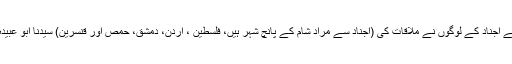
جب (مقامِ) سرغ پر پہنچے (جو کہ کنارہ حجاز پر شام سے متصل ایک بستی ہے ) تو ان سے اجناد کے لوگوں نے ملاقات کی (اجناد سے مراد شام کے پانچ شہر ہیں، فلسطین ، اردن، دمشق، حمص اور قنسرین) سیدنا ابو عبیدہ بن الجراح اور ان کے ساتھیوں نے ان سے بیان کیا کہ شام کے ملک میں وبا پھیل گئی ہے۔